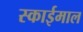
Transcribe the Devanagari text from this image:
स्काईमाल